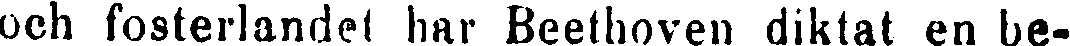
och fosterlandet har Beethoven diktat en be-